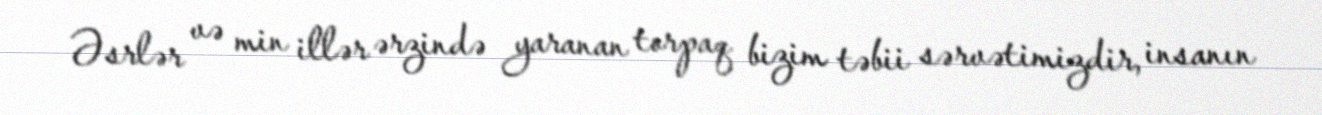
Əsrlər və min illər ərzində yaranan torpaq bizim təbii sərvətimizdir, insanın